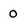
Character: 0